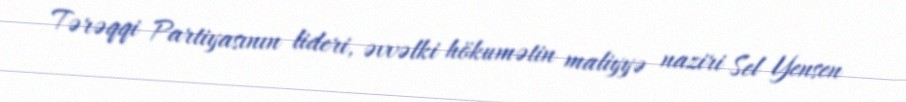
Tərəqqi Partiyasının lideri, əvvəlki hökumətin maliyyə naziri Sel Yensen